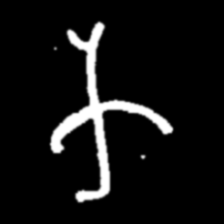
Pyu character \u2014 Myanmar letter: က (romanized: ka)